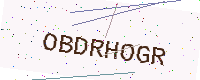
Text: OBDRHOGR